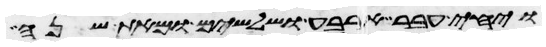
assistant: ויחי עבר ארבע ושלשים ומאת שנה